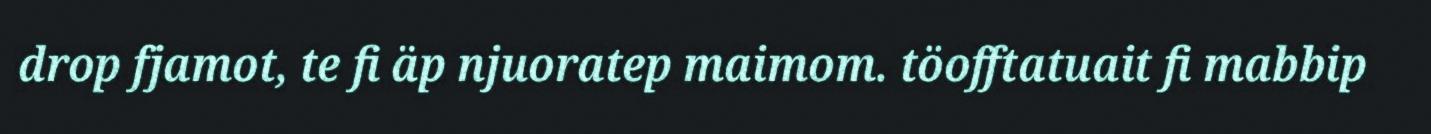
drop fjamot, te fi äp njuoratep maimom. töofftatuait fi mabbip